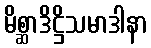
မိစ္ဆာဒိဋ္ဌိသမာဒါနာ